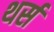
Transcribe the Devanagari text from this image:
थर्स